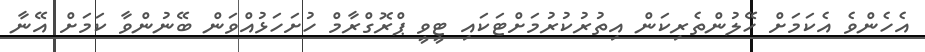
އެހެންވެ އެކަމަށް ހޭލުންތެރިކަން އިތުރުކުރުމަށްޓަކައި ޓީވީ ޕްރޮގްރާމް ހުށަހަޅުއްވަން ބޭނުންވާ ކަމަށް އޭނާ